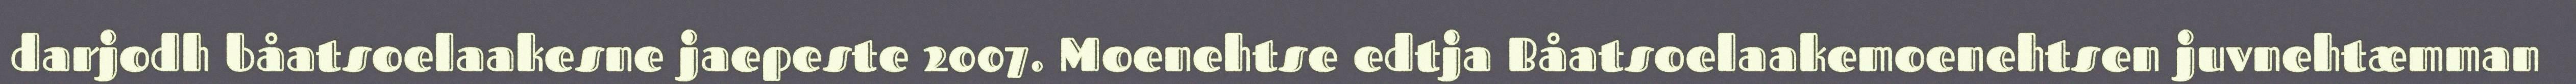
darjodh båatsoelaakesne jaepeste 2007. Moenehtse edtja Båatsoelaakemoenehtsen juvnehtæmman